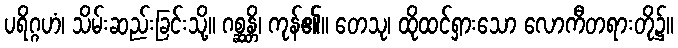
ပရိဂ္ဂဟံ၊ သိမ်းဆည်းခြင်းသို့။ ဂစ္ဆန္တိ၊ ကုန်၏။ တေသု၊ ထိုထင်ရှားသော လောကီတရားတို၌။